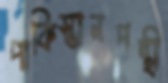
পাকিস্তানপন্থী